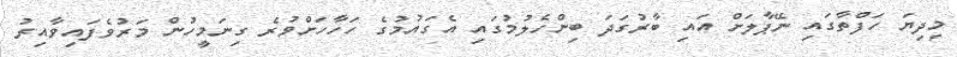
މިދިޔަ ހަފްތާގައި ނޭޕާލަށް އައި ބާރުގަދަ ބިންހެލުމުގައި އެގައުމުގެ ހަހާހަށްވުރެ ގިނަމީހުން މަރުވެފައިވާއިރު